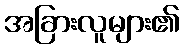
အခြားလူများ၏